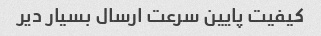
کیفیت پایین سرعت ارسال بسیار دیر